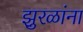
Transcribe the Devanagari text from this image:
झुरळांना